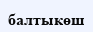
балтыкөш